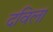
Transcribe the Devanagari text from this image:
दविला